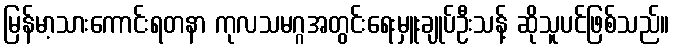
မြန်မာ့သားကောင်းရတနာ ကုလသမဂ္ဂအတွင်းရေးမှူးချုပ်ဦးသန့် ဆိုသူပင်ဖြစ်သည်။